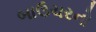
બાઉચરનો